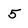
Character: 5